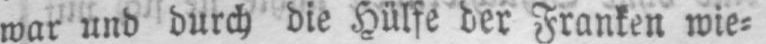
war und durch die Hülfe der Franken wie⸗